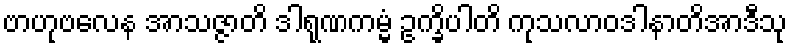
ဗာဟုဗလေန အာသဇ္ဇာတိ ဒါရုဏကမ္မံ ဥက္ခိပါတိ ကုသလာဝဒါနာတိအာဒီသု